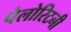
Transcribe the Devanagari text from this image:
पेलोरिटनी